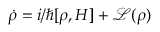
\dot { \rho } = i / \hbar [ \rho , H ] + \mathcal { L } ( \rho )